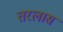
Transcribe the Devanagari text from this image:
तरलास